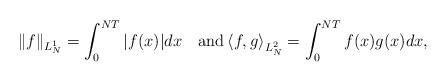
LaTeX: \begin{align*}\|f\|_{L^1_N} = \int_0^{NT}|f(x)|dx \quad\mbox{and}\left\langle f,g\right\rangle_{L^2_N}=\int_0^{NT}f(x)g(x)dx,\end{align*}